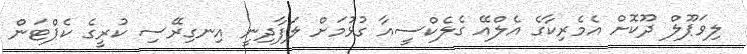
ލިވަޕޫލް ދޫކޮށް އެމެރިކާގެ އެލްއޭ ގެލެކްސީއާ ގުޅުމަށް ލަފާދިނީ އިނގިރޭސި ކުރީގެ ކެޕްޓަން